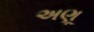
અણૂ